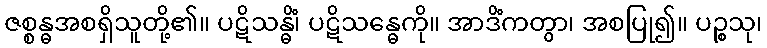
ဇစ္စန္ဓအစရှိသူတို့၏။ ပဋိသန္ဓိံ၊ ပဋိသန္ဓေကို။ အာဒိံကတွာ၊ အစပြု၍။ ပဉ္စသု၊